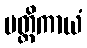
ပတ္တိကာယံ